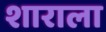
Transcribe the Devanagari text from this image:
शाराला